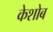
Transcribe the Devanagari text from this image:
केशोब